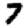
Digit: 7